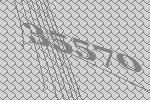
35570